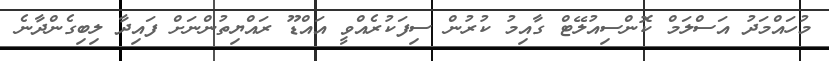
މުހައްމަދު އަސްލަމް ކޮންސިއުލޭޓް ގާއިމު ކުރުން ސިފަކުރެއްވީ އައްޑޫ ރައްޔިތުންނަށް ފައިދާ ލިބިގެންދާނެ